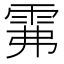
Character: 𩂕